Problem: 5 × 9 = ?
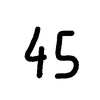
Handwritten answer: 45